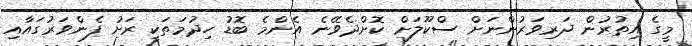
މީގެ އިތުރުން ދަރިވަރުންނަށް ސްކޫލަށް ކޮށްދެވޭނެ އެންމެ ބޮޑު ހިދުމަތަކީ ރަށު ފެންވަރުގައާއި